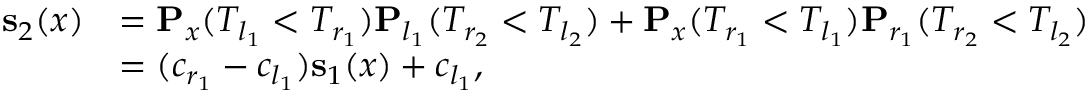
\begin{array} { r l } { \mathbf { s } _ { 2 } ( x ) } & { = \mathbf { P } _ { x } ( T _ { l _ { 1 } } < T _ { r _ { 1 } } ) \mathbf { P } _ { l _ { 1 } } ( T _ { r _ { 2 } } < T _ { l _ { 2 } } ) + \mathbf { P } _ { x } ( T _ { r _ { 1 } } < T _ { l _ { 1 } } ) \mathbf { P } _ { r _ { 1 } } ( T _ { r _ { 2 } } < T _ { l _ { 2 } } ) } \\ & { = ( c _ { r _ { 1 } } - c _ { l _ { 1 } } ) \mathbf { s } _ { 1 } ( x ) + c _ { l _ { 1 } } , } \end{array}